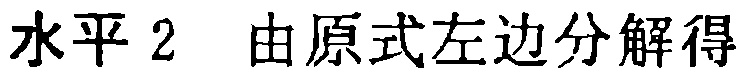
水平 2 由原式左边分解得